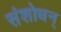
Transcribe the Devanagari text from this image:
संशोधन्